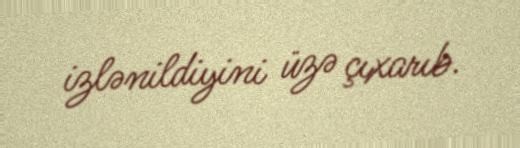
izlənildiyini üzə çıxarıb.